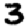
Digit: 3